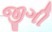
જીગી